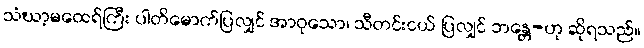
သံဃာ့မထေရ်ကြီး ပါတိမောက်ပြလျှင် အာဝုသော၊ သီတင်းငယ် ပြလျှင် ဘန္တေ-ဟု ဆိုရသည်။